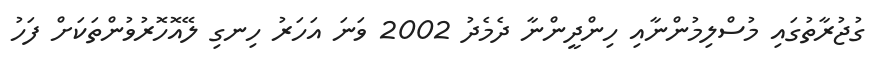
ގުޖުރާތުގައި މުސްލިމުންނާއި ހިންދީންނާ ދެމެދު 2002 ވަނަ އަހަރު ހިނގި ލޭއޮހޮރުވުންތަކަށް ފަހު